Annual report of the Madras Medical College
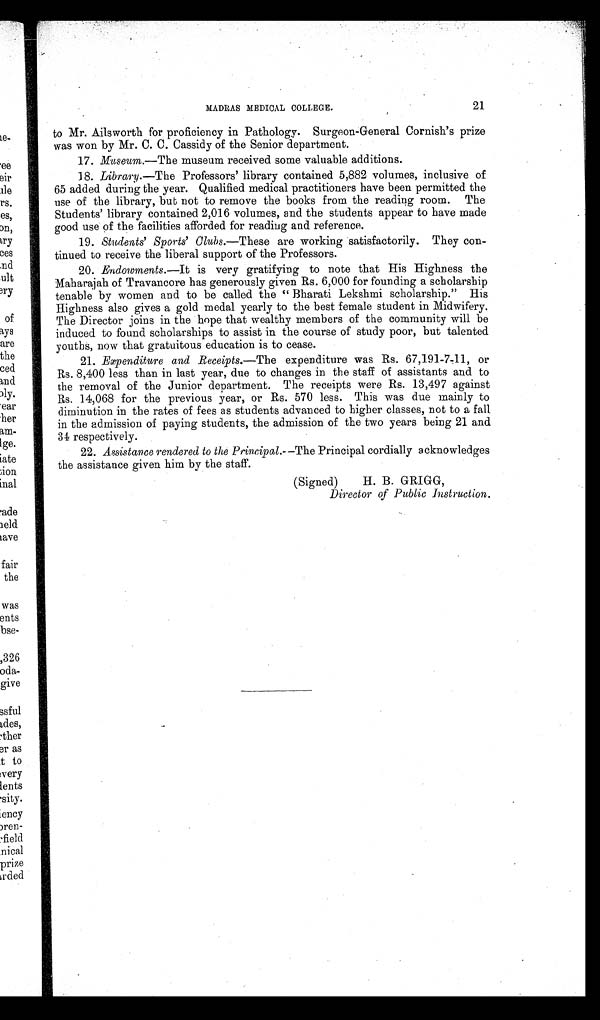
21
MADRAS MEDICAL COLLEGE.
to Mr. Ailsworth for proficiency in Pathology. Surgeon-General Cornish's prize
was won by Mr. C. C. Cassidy of the Senior department.
17. Museum .—The museum received some valuable additions.
18. Library .—The Professors' library contained 5,882 volumes, inclusive of
65 added during the year. Qualified medical practitioners have been permitted the
use of the library, but not to remove the books from the reading room. The
Students' library contained 2,016 volumes, and the students appear to have made
good use of the facilities afforded for reading and reference.
19. Students' Sports' Clubs .—These are working satisfactorily. They con-
tinued to receive the liberal support of the Professors.
20. Endowments .—It is very gratifying to note that His Highness the
Maharajah of Travancore has generously given Rs. 6,000 for founding a scholarship
tenable by women and to be called the "Bharati Lekshmi scholarship." His
Highness also gives a gold medal yearly to the best female student in Midwifery.
The Director joins in the hope that wealthy members of the community will be
induced to found scholarships to assist in the course of study poor, but talented
youths, now that gratuitous education is to cease.
21. Expenditure and Receipts.—The expenditure was Rs. 67,191-7-11, or
Rs. 8,400 less than in last year, due to changes in the staff of assistants and to
the removal of the Junior department. The receipts were Rs. 13,497 against
Rs. 14,068 for the previous year, or Rs. 570 less. This was due mainly to
diminution in the rates of fees as students advanced to higher classes, not to a fall
in the admission of paying students, the admission of the two years being 21 and
34 respectively.
22. Assistance rendered to the Principal .—The Principal cordially acknowledges
the assistance given him by the staff.
(Signed) H. B. GRIGG
,
Director of Public Instruction.